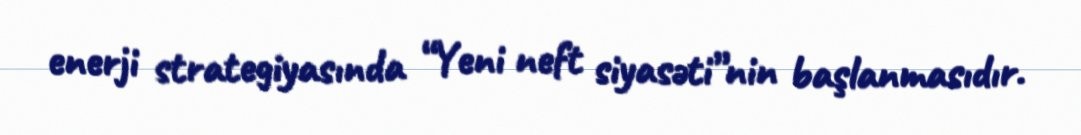
enerji strategiyasında “Yeni neft siyasəti”nin başlanmasıdır.